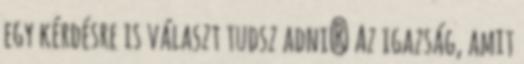
egy kérdésre is választ tudsz adni? Az igazság, amit